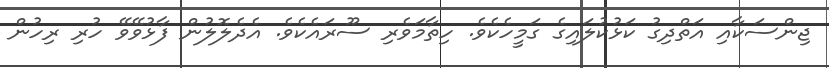
ޖިންސަކާއި އަތްދިގު ކަޅުކުލައިގެ ގަމީހެކެވެ. ހިތާމަވެރި ސޫރައެކެވެ. އެދެލޮލުން ފާޅުވޭވޭ ހުރި ރިހުން